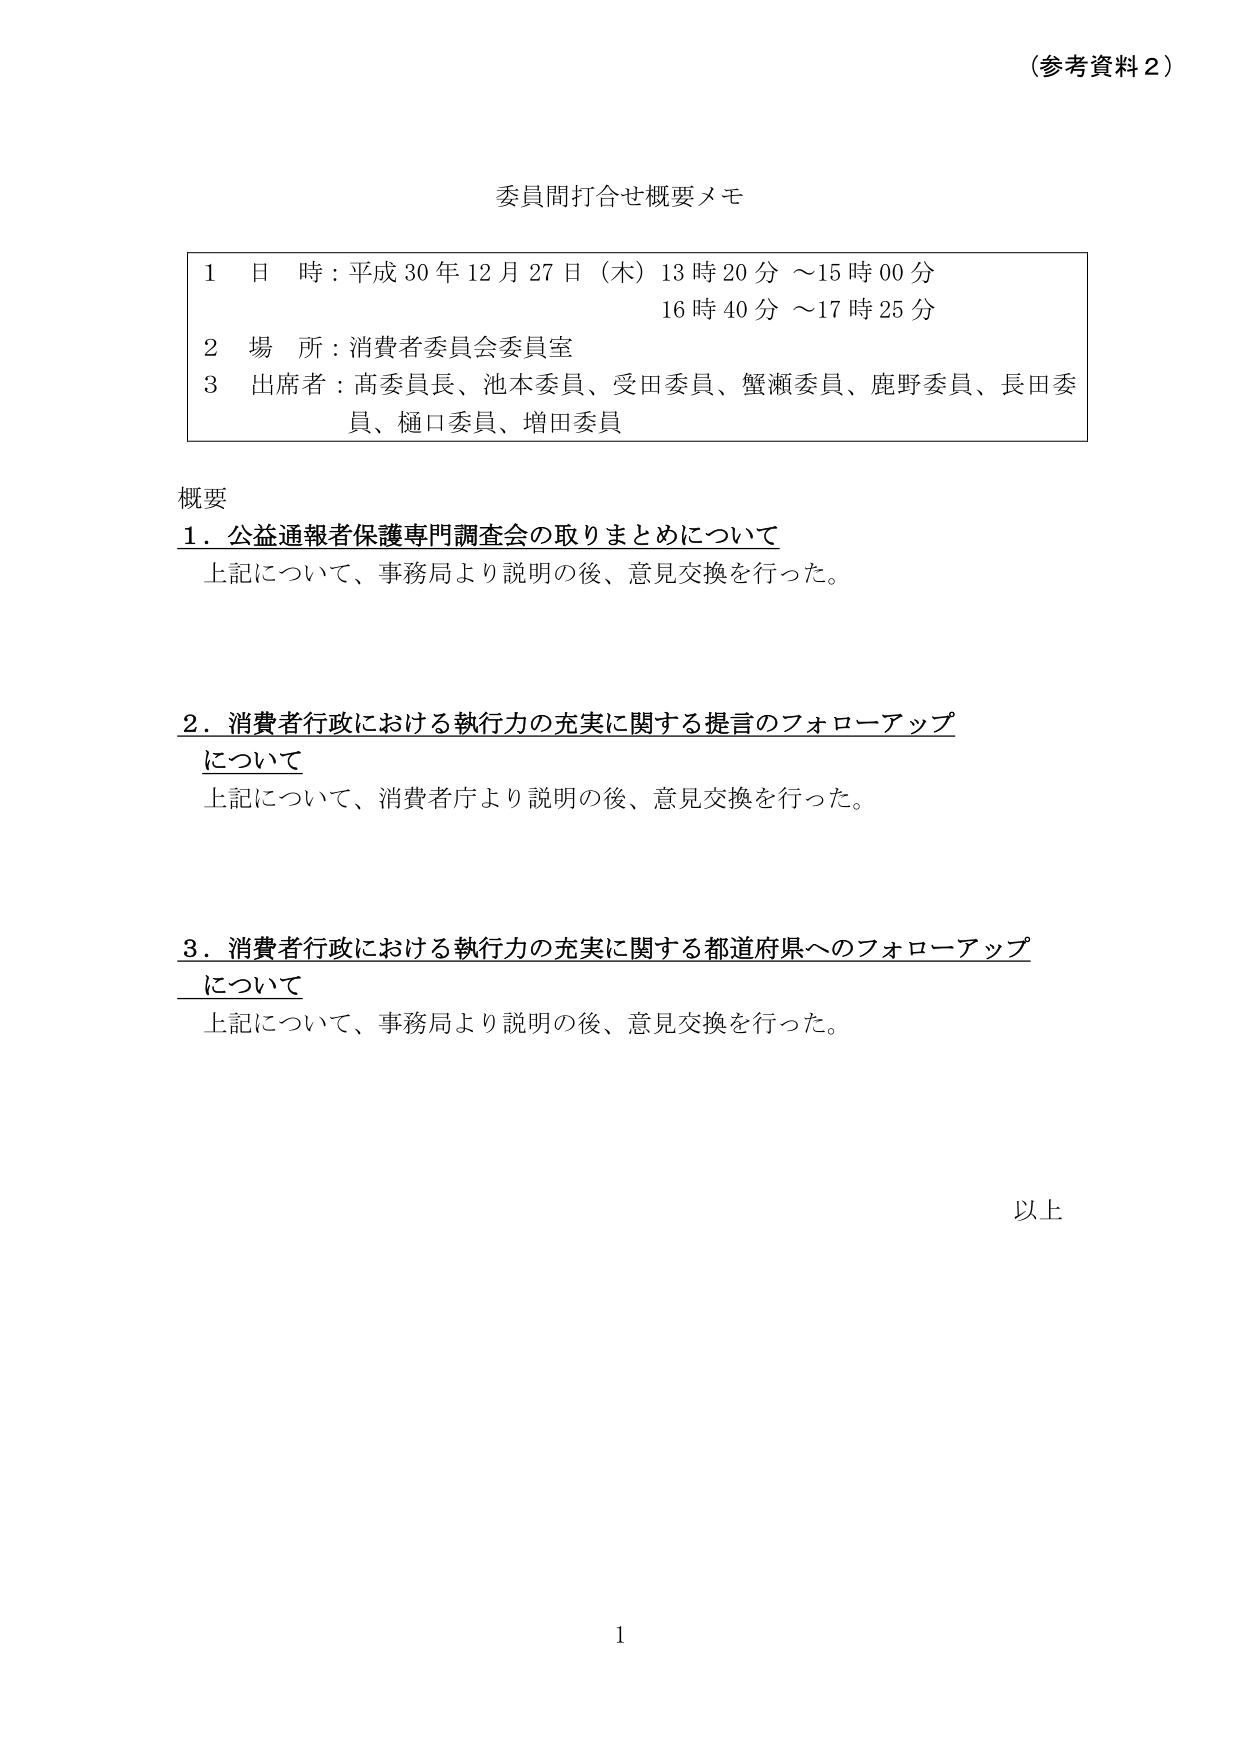
（参考資料２）

委員間打合せ概要メモ

1 日 時：平成30年12月27日（木）13時20分～15時00分
　　　　　　　　　　　　　　　16時40分～17時25分
2 場 所：消費者委員会委員室
3 出席者：髙委員長、池本委員、受田委員、蟹瀬委員、鹿野委員、長田委員、樋口委員、増田委員

概要
1．公益通報者保護専門調査会の取りまとめについて
　上記について、事務局より説明の後、意見交換を行った。

2．消費者行政における執行力の充実に関する提言のフォローアップについて
　上記について、消費者庁より説明の後、意見交換を行った。

3．消費者行政における執行力の充実に関する都道府県へのフォローアップについて
　上記について、事務局より説明の後、意見交換を行った。

以上

1